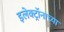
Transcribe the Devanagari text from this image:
इलेक्ट्रॉनाच्या